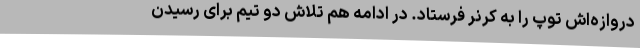
دروازه‌اش توپ را به کرنر فرستاد. در ادامه هم تلاش دو تیم برای رسیدن